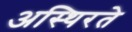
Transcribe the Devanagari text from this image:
अस्थिरते